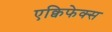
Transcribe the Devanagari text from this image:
एक्विफेक्स